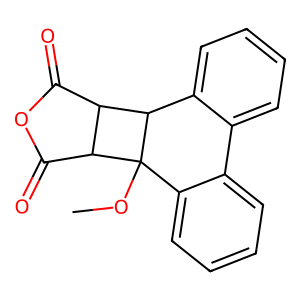
SMILES: COC12c3ccccc3-c3ccccc3C1C1C(=O)OC(=O)C12
Inhibits HIV replication: No